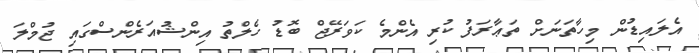
އެލައިޑުން މިހާތަނަށް ތަޢާރަފު ކުރި އެންމެ ކަވަރޭޖް ބޮޑު ހެލްތު އިންޝުއަރެންސްގައި ޖުމްލަ